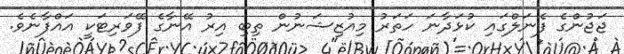
ޖަޖުންގެ ފެނަލްގައި ކުޅަދާނަ ހަތަރު މިއުޒިޝަނުން ތިބި އިރު އޭނާގެ ފޭވަރިޓަކީ އައްފާނެވެ.